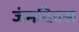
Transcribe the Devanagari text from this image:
जंमदिवस